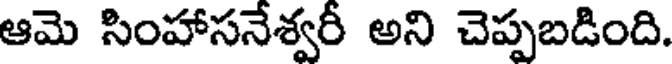
ఆమె సింహాసనేశ్వరీ అని చెప్పబడింది.